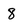
Character: 8